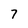
Character: 7